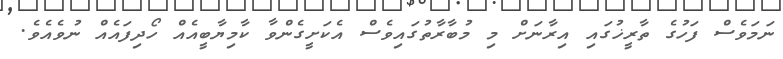
ނަމަވެސް ފަހުގެ ތާރީޚުގައި އިރާނަށް މި މުބާރާތުގައިވެސް އެކަށީގެންވާ ކާމިޔާބީއެއް ހޯދިފައެއް ނުވެއެވެ.